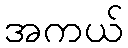
အကယ်